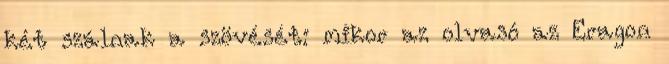
két szálnak a szövését: mikor az olvasó az Eragon